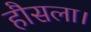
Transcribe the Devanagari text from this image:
हौसला।